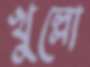
খুল্লো